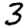
Digit: 3